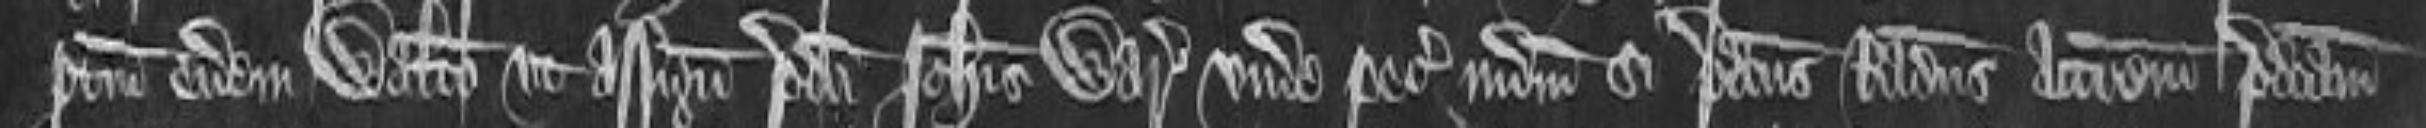
pertinenciis eidem Waltero ut assignato predicti Johannis warrantizandum unde petit iudicium si predictus Radulfus actionem predictam